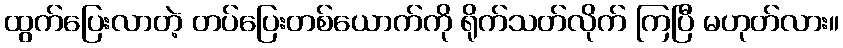
ထွက်ပြေးလာတဲ့ တပ်ပြေးတစ်ယောက်ကို ရိုက်သတ်လိုက် ကြပြီ မဟုတ်လား။